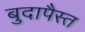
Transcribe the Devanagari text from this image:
बुदापैस्त